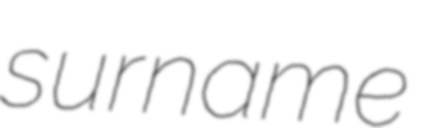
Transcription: surname